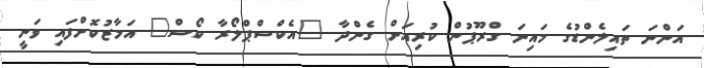
އަންނަ ތައިލެންޑުގެ މައިނަ ގްރޫޕުން ކުރިއަށް ގެންދާ "އެކްސްޕްލޯރާ ކޯސް" އަމާޒުކޮށްފައި ވަނީ